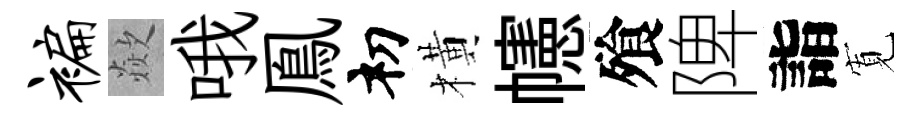
褊歘哦鳯𥘉橫幰飱陴詣𡩖